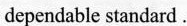
dependable standard.